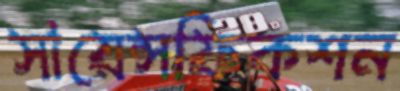
সায়েন্সফিকশন